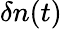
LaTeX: \delta n(t)